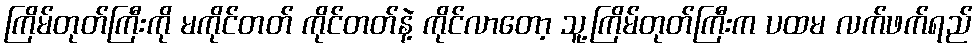
ကြိမ်တုတ်ကြီးကို မကိုင်တတ် ကိုင်တတ်နဲ့ ကိုင်လာတော့ သူ့ကြိမ်တုတ်ကြီးက ပထမ လက်ဖက်ရည်